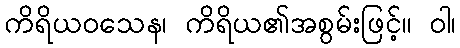
ကိရိယဝသေန၊ ကိရိယ၏အစွမ်းဖြင့်။ ဝါ၊